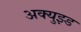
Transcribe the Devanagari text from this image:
अक्युझ्ड